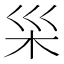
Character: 𪱵